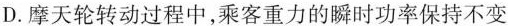
D.摩天轮转动过程中，乘客重力的瞬时功率保持不变